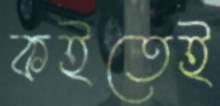
কইতেই